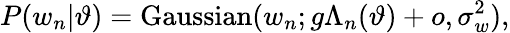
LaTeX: P(w_{n}|\vartheta)=\mathrm{Gaussian}(w_{n};g\Lambda_{n}(\vartheta)+o,\sigma_{w}^{2}),